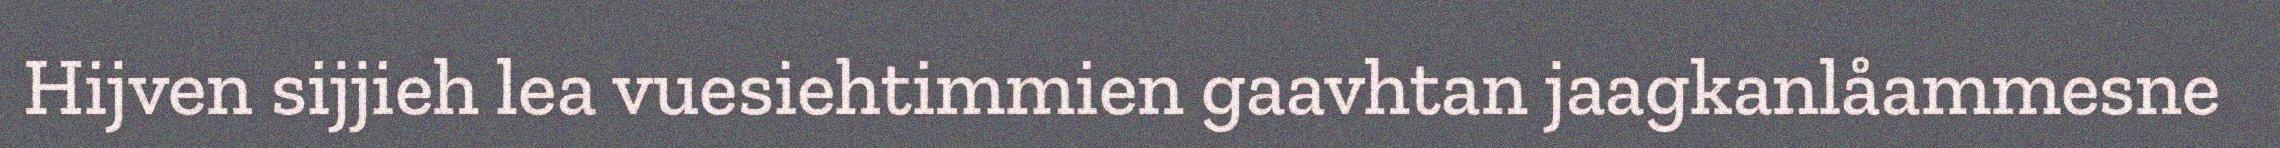
Hijven sijjieh lea vuesiehtimmien gaavhtan jaagkanlåammesne